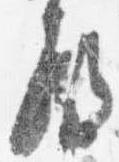
殿